Lunatic asylums Madras 1877-1891 - 1877-1891
Year: 1877
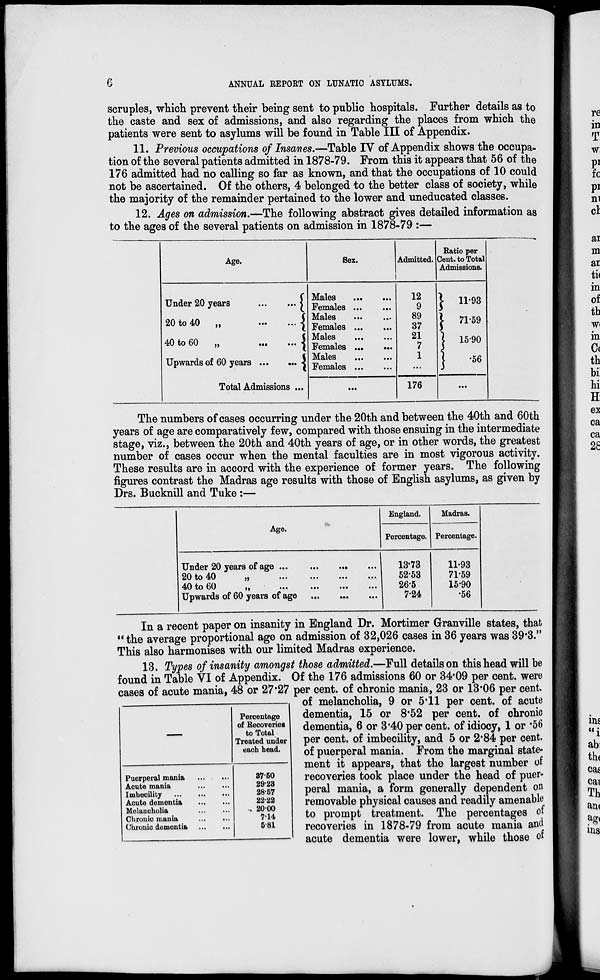
6
ANNUAL REPORT ON LUNATIC ASYLUMS.
scruples, which prevent their being sent to public hospitals. Further details as to
the caste and sex of admissions, and also regarding the places from which the
patients were sent to asylums will be found in Table III of Appendix.
11. Previous occupations of Insanes.—Table IV of Appendix shows the occupa-
tion of the several patients admitted in 1878-79. From this it appears that 56 of the
176 admitted had no calling so far as known, and that the occupations of 10 could
not be ascertained. Of the others, 4 belonged to the better class of society, while
the majority of the remainder pertained to the lower and uneducated classes.
12. Ages on admission.—The following abstract gives detailed information as
to the ages of the several patients on admission in 1878-79 :—
Age.
Under 20 years
...
...
20 to 40 „ ... ...
40 to 60 „ ... ...
Upwards of 60 years
...
...
Total Admissions ...
Sex.
Males
...
...
Females
...
...
Males
...
...
Females
...
...
Males ... ...
Females
...
...
Males
...
...
Females
...
...
...
Admitted.
12
9
89
37
21
7
1
...
176
Ratio per
Cent. to Total
Admissions.
11.93
71.59
15.90
.56
...
The numbers of cases occurring under the 20th and between the 40th and 60th
years of age are comparatively few, compared with those ensuing in the intermediate
stage, viz., between the 20th and 40th years of age, or in other words, the greatest
number of cases occur when the mental faculties are in most vigorous activity.
These results are in accord with the experience of former years. The following
figures contrast the Madras age results with those of English asylums, as given by
Drs. Bucknill and Tuke :—
Age.
Under 20 years of age ...
...
...
...
20 to 40
„
...
...
...
...
40 to 60 „ ... ... ... ...
Upwards of 60 years of age
... ... ...
England.
Percentage.
13.73
52.53
26.5
7.24
Madras.
Percentage.
11.93
71.59
15.90
.56
In a recent paper on insanity in England Dr. Mortimer Granville states, that
"the average proportional age on admission of 32,026 cases in 36 years was 39.3."
This also harmonises with our limited Madras experience.
—
Puerperal mania
...
...
Acute mania
...
...
Imbecility
...
...
...
Acute dementia
...
...
Melancholia
...
...
Chronic mania
...
...
Chronic dementia
...
...
Percentage
of Recoveries
to Total
Treated under
each head.
37.50
29.23
28.57
22.22
20.00
7.14
5.81
13. Types of insanity amongst those admitted.—Full details on this head will be
found in Table VI of Appendix. Of the 176 admissions 60 or 34.09 per cent. were
cases of acute mania, 48 or 27.27 per cent. of chronic mania, 23 or 13.06 per cent.
of melancholia, 9 or 5.11 per cent. of acute
dementia, 15 or 8.52 per cent. of chronic
dementia, 6 or 3.40 per cent. of idiocy, 1 or .56
per cent. of imbecility, and 5 or 2.84 per cent.
of puerperal mania. From the marginal state-
ment it appears, that the largest number of
recoveries took place under the head of puer-
peral mania, a form generally dependent on
removable physical causes and readily amenable
to prompt treatment. The percentages of
recoveries in 1878-79 from acute mania and
acute dementia were lower, while those of